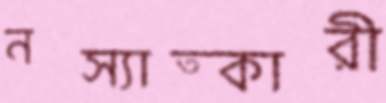
নস্যাত্কারী